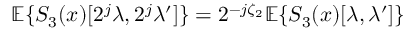
{ \mathbb E } \{ S _ { 3 } ( x ) [ 2 ^ { j } \lambda , 2 ^ { j } \lambda ^ { \prime } ] \} = 2 ^ { - j \zeta _ { 2 } } { \mathbb E } \{ S _ { 3 } ( x ) [ \lambda , \lambda ^ { \prime } ] \}